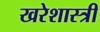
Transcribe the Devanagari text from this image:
खरेशास्त्री